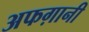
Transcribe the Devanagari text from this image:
अफग़ानी